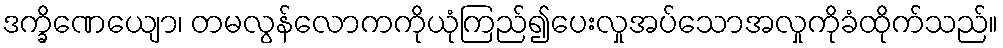
ဒက္ခိဏေယျော၊ တမလွန်လောကကိုယုံကြည်၍ပေးလှုအပ်သောအလှုကိုခံထိုက်သည်။